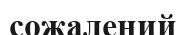
сожалений